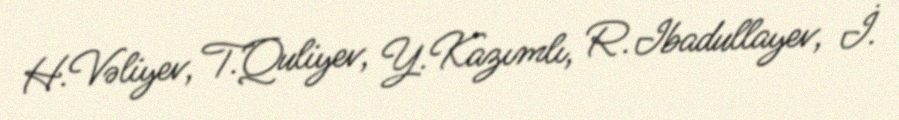
H.Vəliyev, T.Quliyev, Y.Kazımlı, R.Ibadullayev, İ.